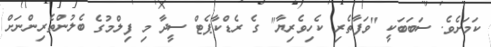
ކަމަށެވެ. ސަބަބަކީ "ވަފާތެރި ކެހިވެރިޔާ" ގެ ރެޑްކާޕެޓް ސީދާ މި ފިލްމުގެ ބެލުންތެރިންނަށް